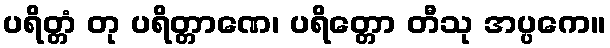
ပရိတ္တံ တု ပရိတ္တာဏေ၊ ပရိတ္တော တီသု အပ္ပကေ။